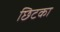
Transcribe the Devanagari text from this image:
छिटका